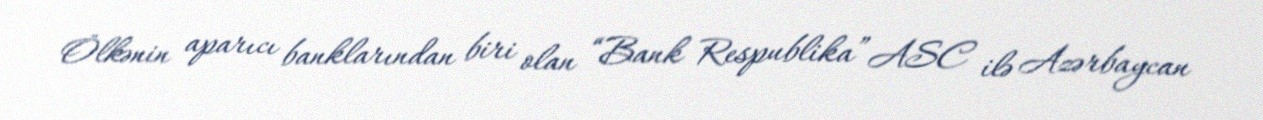
Ölkənin aparıcı banklarından biri olan “Bank Respublika” ASC ilə Azərbaycan